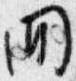
間